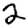
Digit: 2